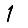
Digit: 1